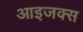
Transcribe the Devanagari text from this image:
आइजक्स